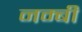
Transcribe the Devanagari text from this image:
नम्बी